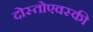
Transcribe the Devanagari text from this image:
दोस्तोएवस्की